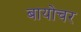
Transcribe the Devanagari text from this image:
बायोचर